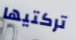
تركتيها